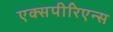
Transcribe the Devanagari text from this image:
एक्सपीरिएन्स